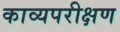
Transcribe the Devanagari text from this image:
काव्यपरीक्षण